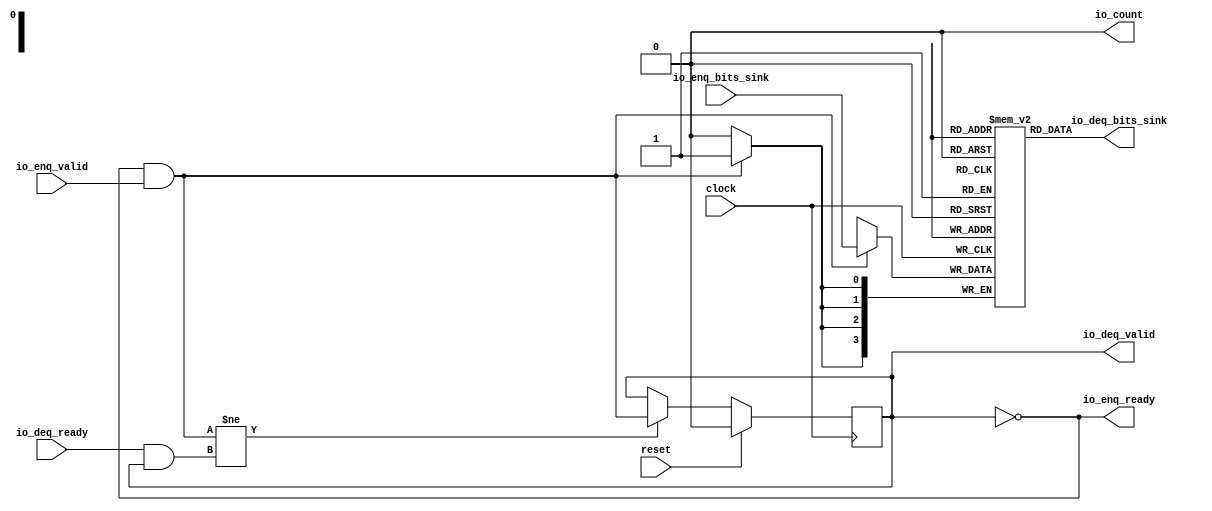
module Queue_36(
  input   clock,
  input   reset,
  output  io_enq_ready,
  input   io_enq_valid,
  input  [3:0] io_enq_bits_sink,
  input   io_deq_ready,
  output  io_deq_valid,
  output [3:0] io_deq_bits_sink,
  output  io_count
);
  reg [3:0] ram_sink [0:0];
  reg [31:0] _GEN_0;
  wire [3:0] ram_sink__T_54_data;
  wire  ram_sink__T_54_addr;
  wire [3:0] ram_sink__T_44_data;
  wire  ram_sink__T_44_addr;
  wire  ram_sink__T_44_mask;
  wire  ram_sink__T_44_en;
  reg  maybe_full;
  reg [31:0] _GEN_1;
  wire  _T_38;
  wire  _T_41;
  wire  do_enq;
  wire  _T_42;
  wire  do_deq;
  wire  _T_48;
  wire  _GEN_4;
  wire  _T_50;
  wire [1:0] _T_56;
  wire  _T_57;
  wire [1:0] _T_59;
  assign io_enq_ready = _T_38;
  assign io_deq_valid = _T_50;
  assign io_deq_bits_sink = ram_sink__T_54_data;
  assign io_count = _T_59[0];
  assign ram_sink__T_54_addr = 1'h0;
  assign ram_sink__T_54_data = ram_sink[ram_sink__T_54_addr];
  assign ram_sink__T_44_data = io_enq_bits_sink;
  assign ram_sink__T_44_addr = 1'h0;
  assign ram_sink__T_44_mask = do_enq;
  assign ram_sink__T_44_en = do_enq;
  assign _T_38 = maybe_full == 1'h0;
  assign _T_41 = io_enq_ready & io_enq_valid;
  assign do_enq = _T_41;
  assign _T_42 = io_deq_ready & io_deq_valid;
  assign do_deq = _T_42;
  assign _T_48 = do_enq != do_deq;
  assign _GEN_4 = _T_48 ? do_enq : maybe_full;
  assign _T_50 = _T_38 == 1'h0;
  assign _T_56 = 1'h0 - 1'h0;
  assign _T_57 = _T_56[0:0];
  assign _T_59 = {maybe_full,_T_57};
`ifdef RANDOMIZE
  integer initvar;
  initial begin
    `ifndef verilator
      #0.002 begin end
    `endif
  _GEN_0 = {1{$random}};
  `ifdef RANDOMIZE_MEM_INIT
  for (initvar = 0; initvar < 1; initvar = initvar+1)
    ram_sink[initvar] = _GEN_0[3:0];
  `endif
  `ifdef RANDOMIZE_REG_INIT
  _GEN_1 = {1{$random}};
  maybe_full = _GEN_1[0:0];
  `endif
  end
`endif
  always @(posedge clock) begin
    if(ram_sink__T_44_en & ram_sink__T_44_mask) begin
      ram_sink[ram_sink__T_44_addr] <= ram_sink__T_44_data;
    end
    if (reset) begin
      maybe_full <= 1'h0;
    end else begin
      if (_T_48) begin
        maybe_full <= do_enq;
      end
    end
  end
endmodule